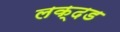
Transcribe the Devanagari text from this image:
लक्दड